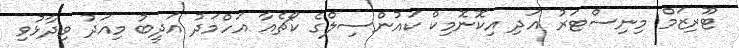
ޓޫރިޒަމް މިނިސްޓަރު އަދި އިކޮނޮމިކް ކައުންސިލްގެ ކޯޗެއާ އަހްމަދު އަދީބު މިއަދު ވިދާޅުވި